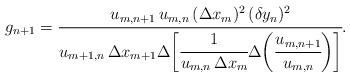
LaTeX: \begin{align*}g_{n+1}=\cfrac{u_{m,n+1}\, u_{m,n}\, (\Delta x_m)^2\, (\delta y_n)^2}{u_{m+1,n}\, \Delta x_{m+1} \Delta\bigg[ \cfrac{1}{u_{m,n}\, \Delta x_m} \Delta\bigg(\cfrac{u_{m,n+1}}{u_{m,n}}\bigg)\bigg]}.\end{align*}